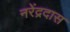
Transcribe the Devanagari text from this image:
नरेंद्रदास